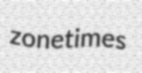
zonetimes